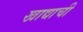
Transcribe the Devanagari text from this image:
खाद्याची